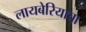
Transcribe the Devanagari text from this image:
लायबेरियाचा